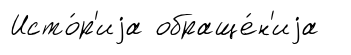
Исто́р'иjа обраще́н'иjа